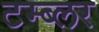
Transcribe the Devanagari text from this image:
टम्ब्लर